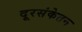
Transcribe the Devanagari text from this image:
दूरसंकेतन